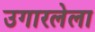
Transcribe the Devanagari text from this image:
उगारलेला